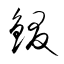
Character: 錣